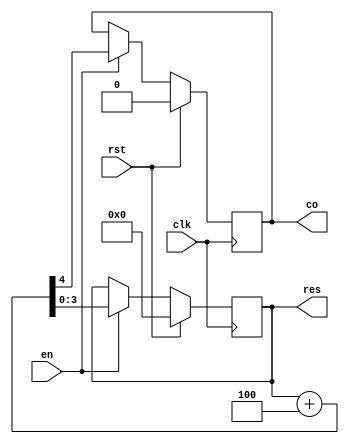
module plus4_counter(input clk , rst,en , output reg [3:0] res,output reg co);
    always @(posedge clk)
    begin
      if(rst)
      begin
        res<= 2'd0; 
        co<= 0; 
      end
      else if (en)
      begin
        {co, res} <= res + 4'd4;
      end
    end

endmodule